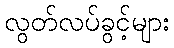
လွတ်လပ်ခွင့်များ